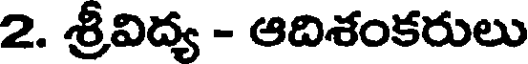
2. శ్రీవిద్య - ఆదిశంకరులు